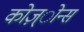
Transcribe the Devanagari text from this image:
कोज़्ोन्स